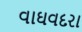
વાઘવદરા